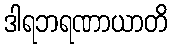
ဒါရဘရဏာယာတိ